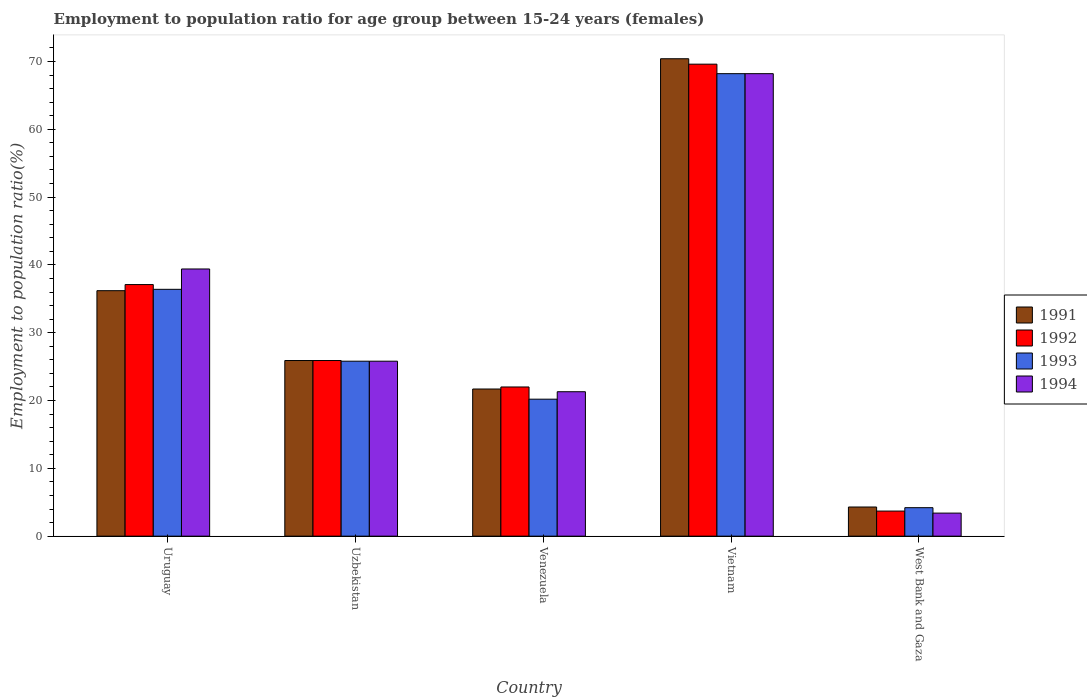
| Country | 1991 | 1992 | 1993 | 1994 |
 | --- | --- | --- | --- | --- |
 | Uruguay | 36.2 | 37.1 | 36.4 | 39.4 |
 | Uzbekistan | 25.9 | 25.9 | 25.8 | 25.8 |
 | Venezuela | 21.7 | 22 | 20.2 | 21.3 |
 | Vietnam | 70.4 | 69.6 | 68.2 | 68.2 |
 | West Bank and Gaza | 4.3 | 3.7 | 4.2 | 3.4 |